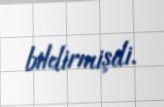
bildirmişdi.